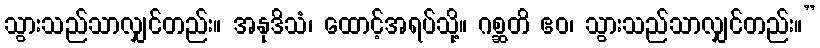
သွားသည်သာလျှင်တည်း။ အနုဒိသံ၊ ထောင့်အရပ်သို့။ ဂစ္ဆတိ ဧဝ၊ သွားသည်သာလျှင်တည်း။”